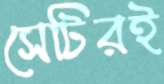
সেটিরই